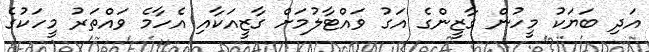
އަަދި ބަޔަކު މީހުން ގާޒީންގެ އަގު ވައްޓާލުމަށް ގާޒީއަކާއި އެހާމެ ވައްތަރު މީހަކުގެ